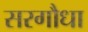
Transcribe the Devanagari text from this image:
सरगौधा